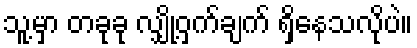
သူ့မှာ တခုခု လျှို့ဝှက်ချက် ရှိနေသလိုပဲ။